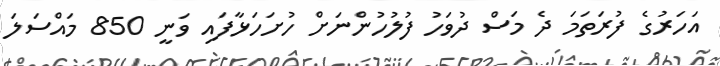
އަހަރުގެ ފުރަތަމަ ދެ މަސް ދުވަހު ފުލުހުންނަށް ހުށަހަޅާފައި ވަނީ 850 މައްސަލަ